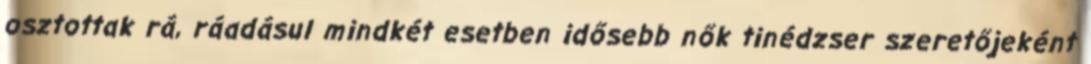
osztottak rá, ráadásul mindkét esetben idősebb nők tinédzser szeretőjeként